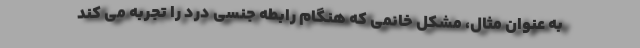
به عنوان مثال، مشکل خانمی که هنگام رابطه جنسی درد را تجربه می کند